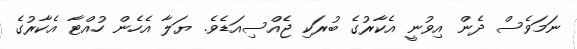
ނަމަވެސް ދެން އިވުނީ އެކާރުގެ ބުރަކި ޖެއްސިއަޑެވެ. ޔަލާާ އެހެން ހުއްޓާ އެކާރުގެ